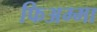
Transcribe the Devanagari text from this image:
फिअम्मा